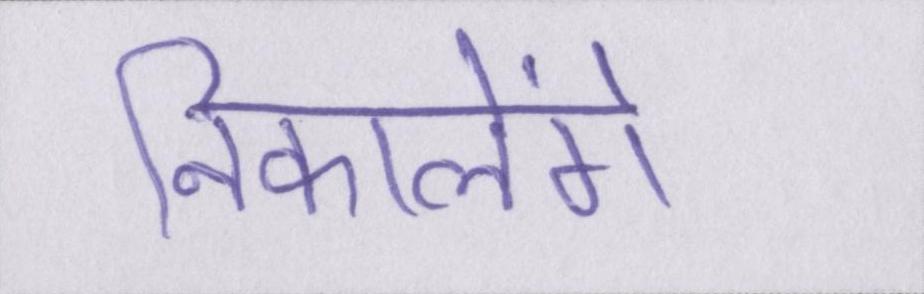
निकालेंगे